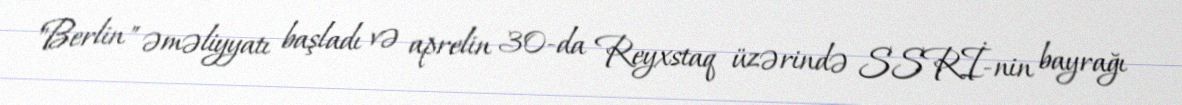
"Berlin" əməliyyatı başladı və aprelin 30-da Reyxstaq üzərində SSRİ-nin bayrağı